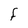
Character: F